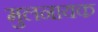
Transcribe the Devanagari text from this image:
मुलनायक